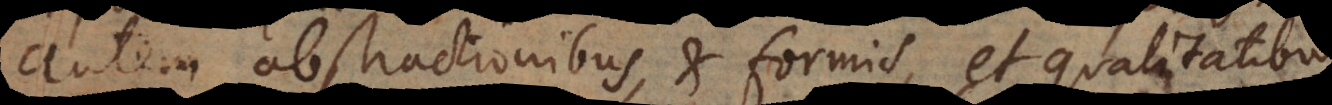
autem abstractionibus, et formis, et qualitatibu